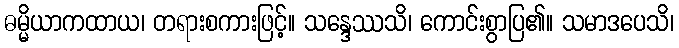
ဓမ္မိယာကထာယ၊ တရားစကားဖြင့်။ သန္ဒေဿသိ၊ ကောင်းစွာပြ၏။ သမာဒပေသိ၊